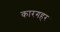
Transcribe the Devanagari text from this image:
कारगहर